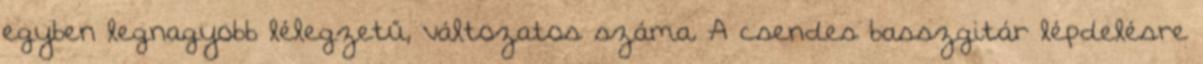
egyben legnagyobb lélegzetű, változatos száma. A csendes basszgitár lépdelésre